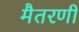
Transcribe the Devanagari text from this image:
मैतरणी